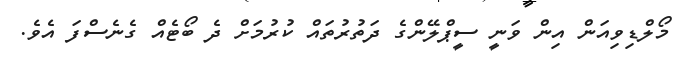
މޯލްޑިވިއަން އިން ވަނީ ސީޕްލޭންގެ ދަތުރުތައް ކުރުމަށް ދެ ބޯޓެއް ގެނެސްފަ އެވެ.